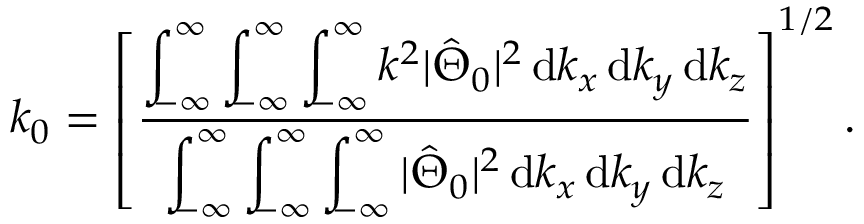
k _ { 0 } = \left[ \frac { \displaystyle \int _ { \! \! - \infty } ^ { \infty } \displaystyle \int _ { \! \! - \infty } ^ { \infty } \displaystyle \int _ { \! \! - \infty } ^ { \infty } k ^ { 2 } | \hat { \Theta } _ { 0 } | ^ { 2 } \, \mathrm { d } k _ { x } \, \mathrm { d } k _ { y } \, \mathrm { d } k _ { z } } { \displaystyle \int _ { \! \! - \infty } ^ { \infty } \displaystyle \int _ { \! \! - \infty } ^ { \infty } \displaystyle \int _ { \! \! - \infty } ^ { \infty } | \hat { \Theta } _ { 0 } | ^ { 2 } \, \mathrm { d } k _ { x } \, \mathrm { d } k _ { y } \, \mathrm { d } k _ { z } } \right] ^ { 1 / 2 } .